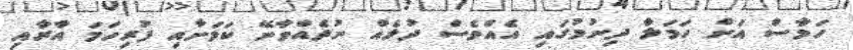
ހަމާސް އަށް ހަމަލާ ދިނުމުގައި އެއްވެސް ދުލެއް ނުދެއްވާނޭ ކަމަށާއި ފުރިހަމަ އާރާއި